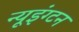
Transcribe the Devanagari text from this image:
न्यूइंग्टन